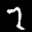
Label: 7